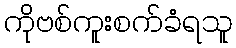
ကိုဗစ်ကူးစက်ခံရသူ